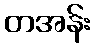
တအန်း